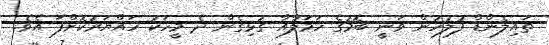
ތައިލެންޑް ފުލުހުން ވަނީ ބޮމުގެ ހަމަލާއާ ގުޅިގެން ދެ މީހަކު ހައްޔަރުކޮށްފަ އެވެ.